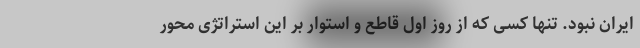
ایران نبود. تنها کسی که از روز اول قاطع و استوار بر این استراتژی محور